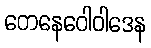
တေနေဝေါဝါဒေန